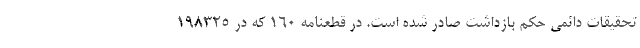
تحقیقات دائمی حکم بازداشت صادر شده است. در قطعنامه ۱۶۰ که در ۱۹۸۳۲۵